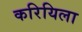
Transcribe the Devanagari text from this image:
करियिला